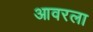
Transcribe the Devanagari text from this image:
आवरला